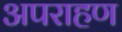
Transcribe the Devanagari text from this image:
अपराहण